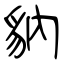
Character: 豽